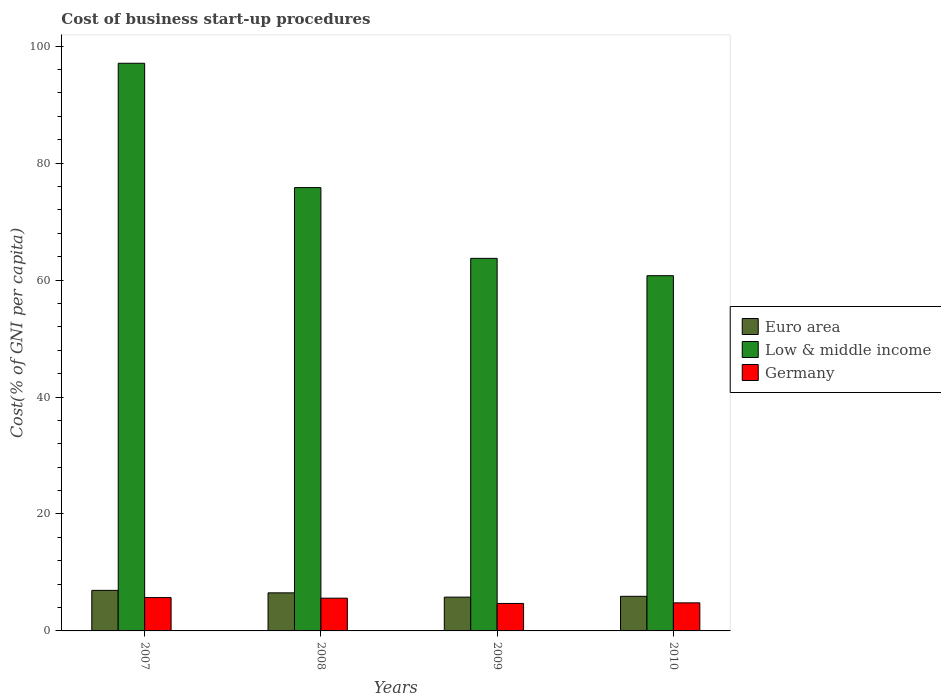
| Years | Euro area | Low & middle income | Germany |
 | --- | --- | --- | --- |
 | 2007 | 6.94 | 97.1 | 5.7 |
 | 2008 | 6.51 | 75.8 | 5.6 |
 | 2009 | 5.78 | 63.7 | 4.7 |
 | 2010 | 5.92 | 60.7 | 4.8 |